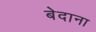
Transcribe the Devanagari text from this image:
बेदाना